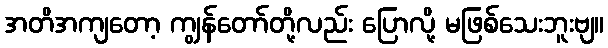
အတိအကျတော့ ကျွန်တော်တို့လည်း ပြောလို့ မဖြစ်သေးဘူးဗျ။